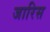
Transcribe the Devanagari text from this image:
जारिस